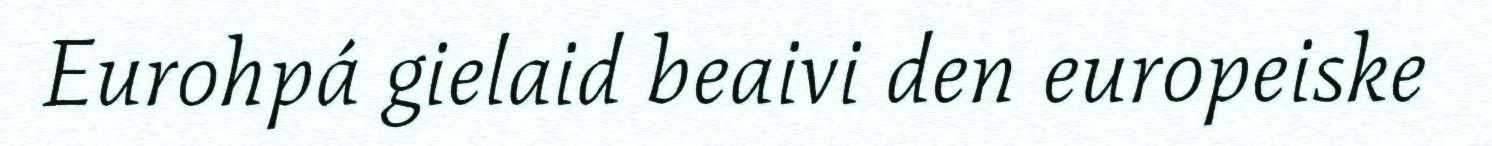
Eurohpá gielaid beaivi den europeiske